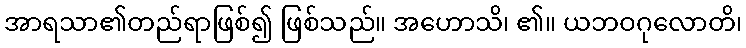
အာရသာ၏တည်ရာဖြစ်၍ ဖြစ်သည်။ အဟောသိ၊ ၏။ ယဘဝဂုလောတိ၊